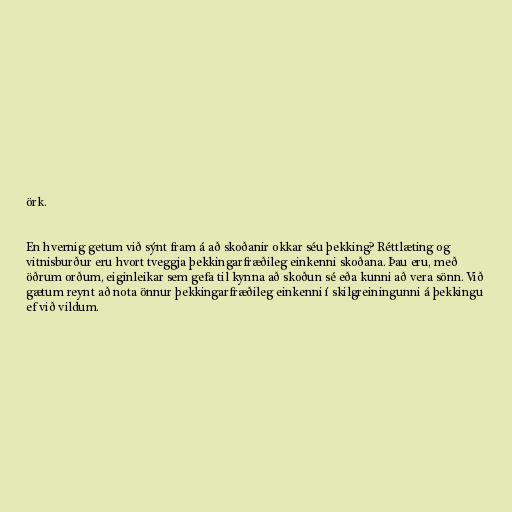
örk.

En hvernig getum við sýnt fram á að skoðanir okkar séu þekking? Réttlæting og
vitnisburður eru hvort tveggja þekkingarfræðileg einkenni skoðana. Þau eru, með
öðrum orðum, eiginleikar sem gefa til kynna að skoðun sé eða kunni að vera sönn. Við
gætum reynt að nota önnur þekkingarfræðileg einkenni í skilgreiningunni á þekkingu
ef við vildum.